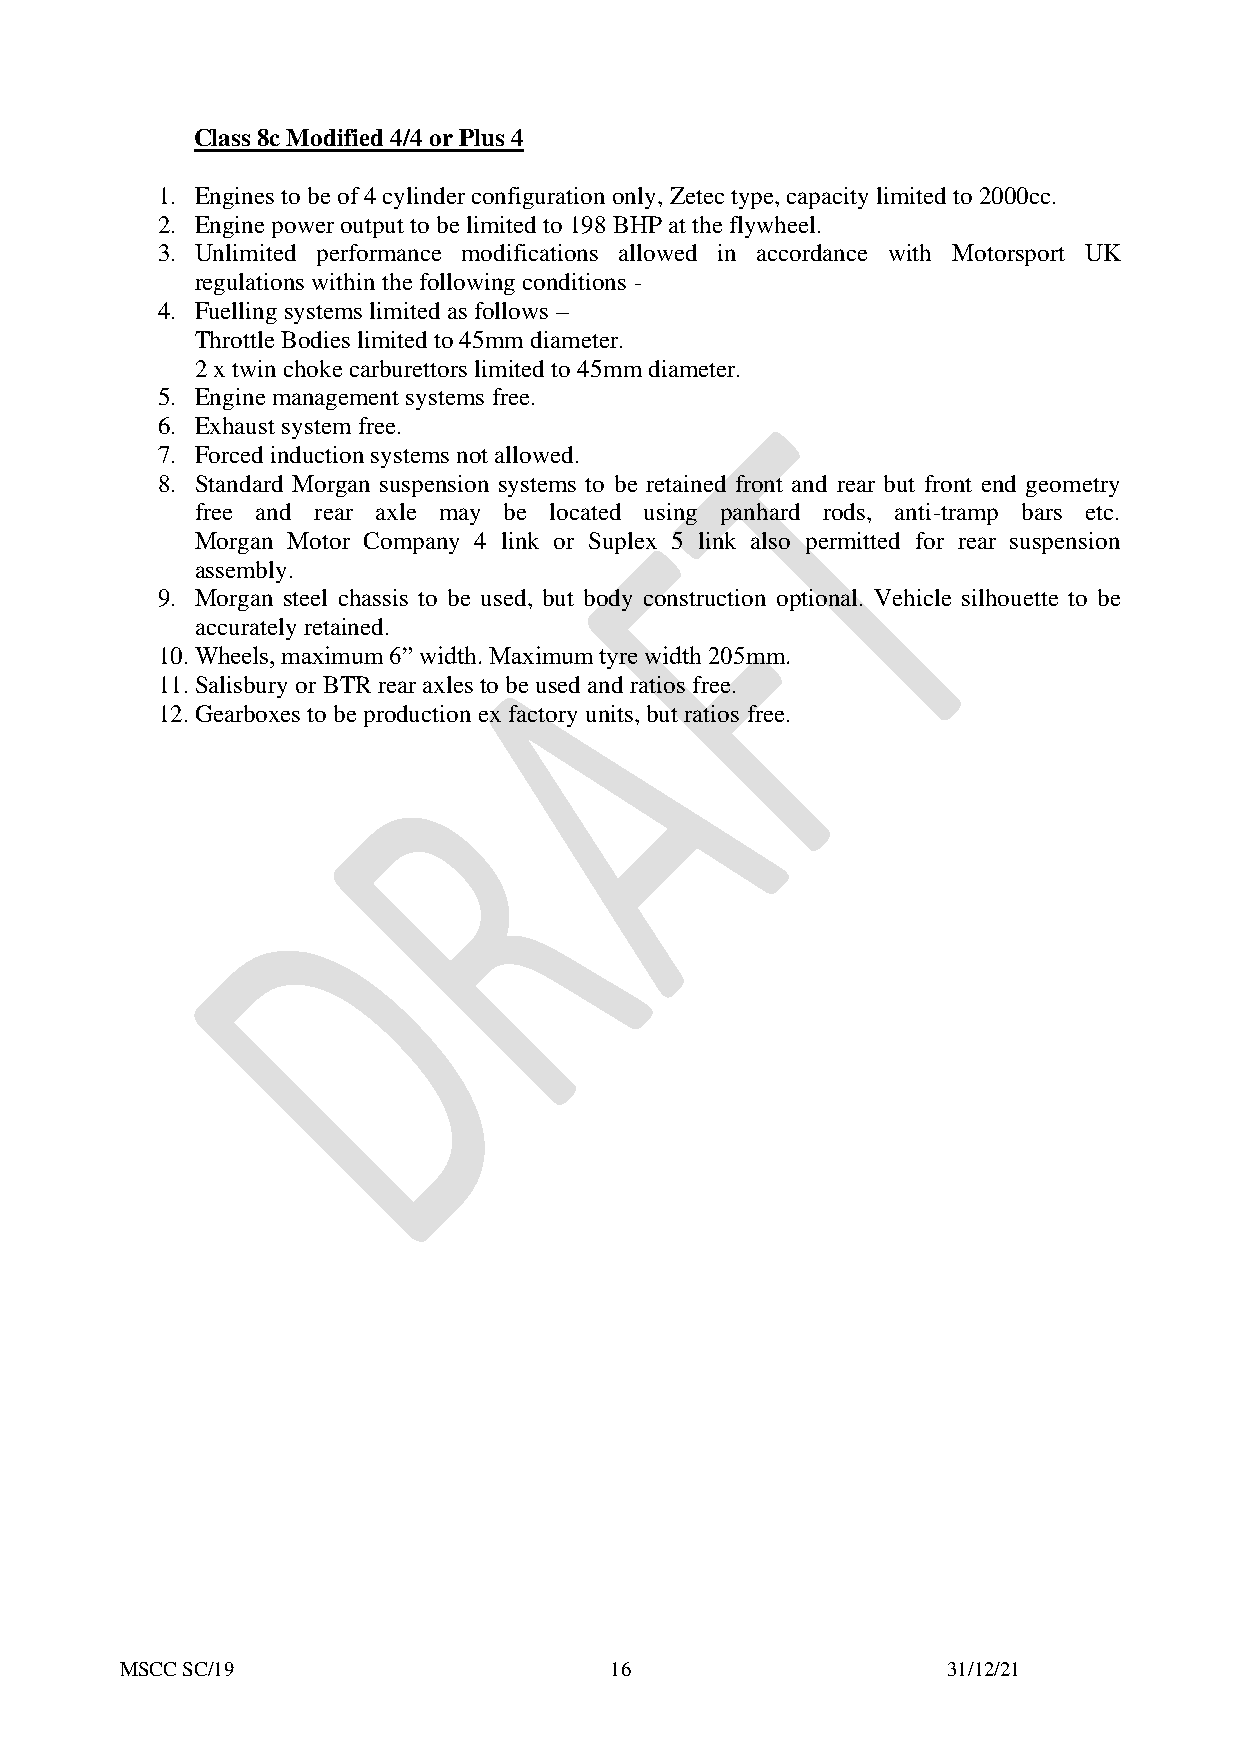
Class 8c Modified 4/4 or Plus 4
 1. Engines to be of 4 cylinder configuration only, Zetec type, capacity limited to 2000cc.
 2. Engine power output to be limited to 198 BHP at the flywheel.
 3. Unlimited performance modifications allowed in accordance with Motorsport UK
 regulations within the following conditions -
 4. Fuelling systems limited as follows –
 Throttle Bodies limited to 45mm diameter.
 2 x twin choke carburettors limited to 45mm diameter.
 5. Engine management systems free.
 6. Exhaust system free.
 7. Forced induction systems not allowed.
 8. Standard Morgan suspension systems to be retained front and rear but front end geometry
 free and rear axle may be located using panhard rods, anti-tramp bars etc.
 Morgan Motor Company 4 link or Suplex 5 link also permitted for rear suspension
 assembly.
 9. Morgan steel chassis to be used, but body construction optional. Vehicle silhouette to be
 accurately retained.
 10. Wheels, maximum 6” width. Maximum tyre width 205mm.
 11. Salisbury or BTR rear axles to be used and ratios free.
 12. Gearboxes to be production ex factory units, but ratios free.
 MSCC SC/19                      16                     31/12/21